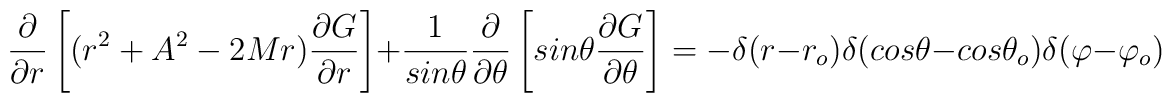
{\frac {\partial} {\partial r}}\left[(r^2+A^2-2Mr){\frac {\partial G}{\partial r}}\right]+ {\frac{1} {sin\theta}} {\frac {\partial}{\partial \theta}}\left[sin\theta {\frac {\partial G} {\partial\theta}}\right] = -\delta(r-r_o) \delta(cos\theta-cos{\theta}_o)\delta(\varphi-{\varphi}_o)